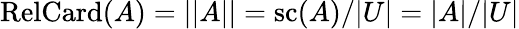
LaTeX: \operatorname{RelCard}(A)=||A||=\operatorname{sc}(A)/|U|=|A|/|U|